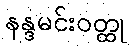
နန္ဒမင်းဝတ္ထု